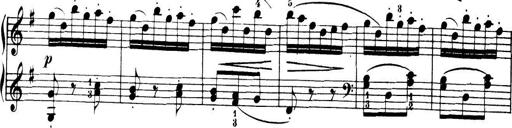
Title: 32 Sonatinas and Rondos for the Piano
Composer: Richard Kleinmichel